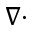
\nabla \cdot